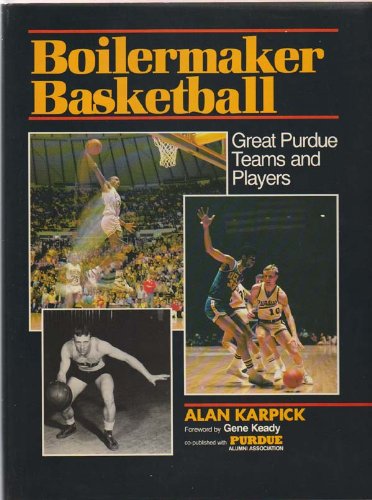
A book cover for Boilermaker Basketball: Great Purdue Teams and Players; Alan R. Karpick; Sports & Outdoors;